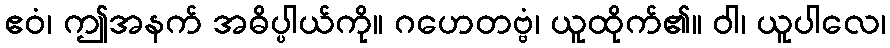
ဧဝံ၊ ဤအနက် အဓိပ္ပါယ်ကို။ ဂဟေတဗ္ဗံ၊ ယူထိုက်၏။ ဝါ၊ ယူပါလေ၊